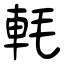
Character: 軞